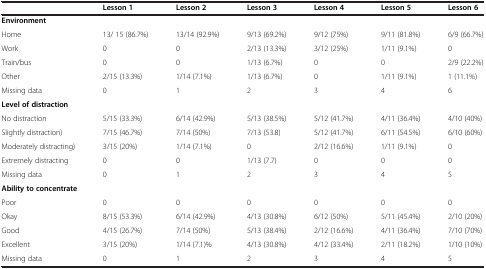
<table><thead><tr><td><b> </b></td><td><b>Lesson 1</b></td><td><b>Lesson 2</b></td><td><b>Lesson 3</b></td><td><b>Lesson 4</b></td><td><b>Lesson 5</b></td><td><b>Lesson 6</b></td></tr></thead><tbody><tr><td colspan="7"><b>Environment</b></td></tr><tr><td>Home</td><td>13/ 15 (86.7%)</td><td>13/14 (92.9%)</td><td>9/13 (69.2%)</td><td>9/12 (75%)</td><td>9/11 (81.8%)</td><td>6/9 (66.7%)</td></tr><tr><td>Work</td><td>0</td><td>0</td><td>2/13 (13.3%)</td><td>3/12 (25%)</td><td>1/11 (9.1%)</td><td>0</td></tr><tr><td>Train/bus</td><td>0</td><td>0</td><td>1/13 (6.7%)</td><td>0</td><td>0</td><td>2/9 (22.2%)</td></tr><tr><td>Other</td><td>2/15 (13.3%)</td><td>1/14 (7.1%)</td><td>1/13 (6.7%)</td><td>0</td><td>1/11 (9.1%)</td><td>1 (11.1%)</td></tr><tr><td>Missing data</td><td>0</td><td>1</td><td>2</td><td>3</td><td>4</td><td>6</td></tr><tr><td colspan="7"><b>Level of distraction</b></td></tr><tr><td>No distraction</td><td>5/15 (33.3%)</td><td>6/14 (42.9%)</td><td>5/13 (38.5%)</td><td>5/12 (41.7%)</td><td>4/11 (36.4%)</td><td>4/10 (40%)</td></tr><tr><td>Slightly distraction)</td><td>7/15 (46.7%)</td><td>7/14 (50%)</td><td>7/13 (53.8)</td><td>5/12 (41.7%)</td><td>6/11 (54.5%)</td><td>6/10 (60%)</td></tr><tr><td>Moderately distracting)</td><td>3/15 (20%)</td><td>1/14 (7.1%)</td><td>0</td><td>2/12 (16.6%)</td><td>1/11 (9.1%)</td><td>0</td></tr><tr><td>Extremely distracting</td><td>0</td><td>0</td><td>1/13 (7.7)</td><td>0</td><td>0</td><td>0</td></tr><tr><td>Missing data</td><td>0</td><td>1</td><td>2</td><td>3</td><td>4</td><td>5</td></tr><tr><td colspan="7"><b>Ability to concentrate</b></td></tr><tr><td>Poor</td><td>0</td><td>0</td><td>0</td><td>0</td><td>0</td><td>0</td></tr><tr><td>Okay</td><td>8/15 (53.3%)</td><td>6/14 (42.9%)</td><td>4/13 (30.8%)</td><td>6/12 (50%)</td><td>5/11 (45.4%)</td><td>2/10 (20%)</td></tr><tr><td>Good</td><td>4/15 (26.7%)</td><td>7/14 (50%)</td><td>5/13 (38.4%)</td><td>2/12 (16.6%)</td><td>4/11 (36.4%)</td><td>7/10 (70%)</td></tr><tr><td>Excellent</td><td>3/15 (20%)</td><td>1/14 (7.1)%</td><td>4/13 (30.8%)</td><td>4/12 (33.4%)</td><td>2/11 (18.2%)</td><td>1/10 (10%)</td></tr><tr><td>Missing data</td><td>0</td><td>1</td><td>2</td><td>3</td><td>4</td><td>5</td></tr></tbody></table>